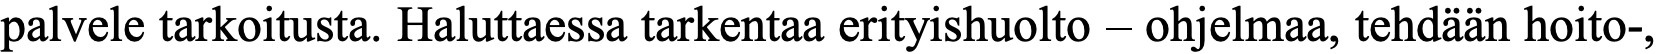
palvele tarkoitusta. Haluttaessa tarkentaa erityishuolto – ohjelmaa, tehdään hoito-,